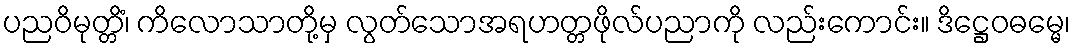
ပညဝိမုတ္တိံ၊ ကိလောသာတို့မှ လွတ်သောအရဟတ္တဖိုလ်ပညာကို လည်းကောင်း။ ဒိဋ္ဌေဝဓမ္မေ၊